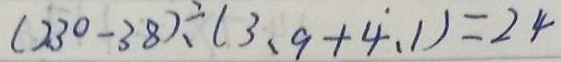
( 2 3 0 - 3 8 ) \div ( 3 . 9 + 4 . 1 ) = 2 4